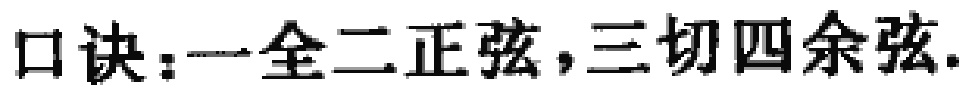
口诀：一全二正弦，三切四余弦.